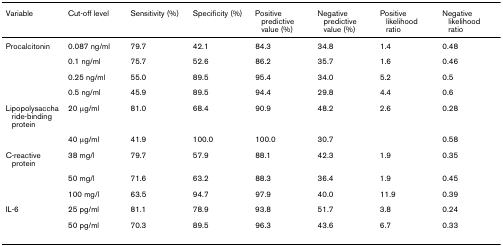
| Variable | Cut-off level | Sensitivity (%) | Specificity (%) | Positive predictive value (%) | Negative predictive value (%) | Positive likelihood ratio | Negative likelihood ratio |
 | --- | --- | --- | --- | --- | --- | --- | --- |
 | Procalcitonin | 0.087 ng/ml | 79.7 | 42.1 | 84.3 | 34.8 | 1.4 | 0.48 |
 |  | 0.1 ng/ml | 75.7 | 52.6 | 86.2 | 35.7 | 1.6 | 0.46 |
 |  | 0.25 ng/ml | 55.0 | 89.5 | 95.4 | 34.0 | 5.2 | 0.5 |
 |  | 0.5 ng/ml | 45.9 | 89.5 | 94.4 | 29.8 | 4.4 | 0.6 |
 | Lipopolysaccharide-binding protein | 20 μg/ml | 81.0 | 68.4 | 90.9 | 48.2 | 2.6 | 0.28 |
 |  | 40 μg/ml | 41.9 | 100.0 | 100.0 | 30.7 |  | 0.58 |
 | C-reactive protein | 38 mg/l | 79.7 | 57.9 | 88.1 | 42.3 | 1.9 | 0.35 |
 |  | 50 mg/l | 71.6 | 63.2 | 88.3 | 36.4 | 1.9 | 0.45 |
 |  | 100 mg/l | 63.5 | 94.7 | 97.9 | 40.0 | 11.9 | 0.39 |
 | IL-6 | 25 pg/ml | 81.1 | 78.9 | 93.8 | 51.7 | 3.8 | 0.24 |
 |  | 50 pg/ml | 70.3 | 89.5 | 96.3 | 43.6 | 6.7 | 0.33 |